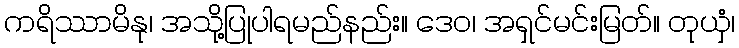
ကရိဿာမိနု၊ အသို့ပြုပါရမည်နည်း။ ဒေဝ၊ အရှင်မင်းမြတ်။ တုယှံ၊